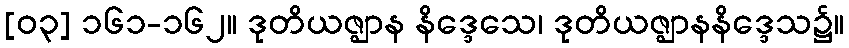
[၀၃] ၁၆၁-၁၆၂။ ဒုတိယဇ္ဈာန နိဒ္ဒေသေ၊ ဒုတိယဇ္ဈာနနိဒ္ဒေသ၌။